Note on the mental hospitals in Burma - 1925-1940
Year: 1925
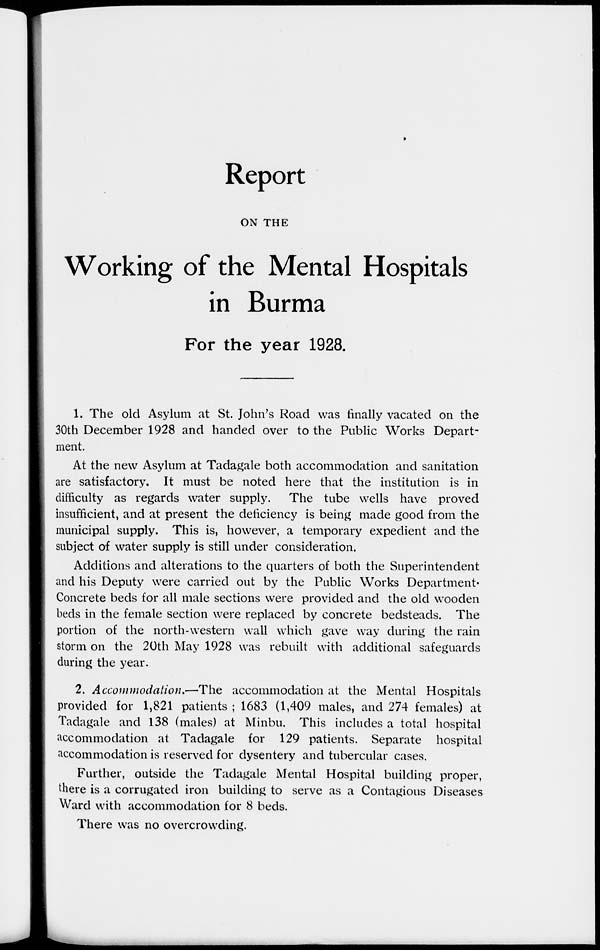
Report
ON THE
Working of the Mental Hospitals
in Burma
For the year 1928.
1. The old Asylum at St. John's Road was finally vacated on the
30th December 1928 and handed over to the Public Works Depart-
ment.
At the new Asylum at Tadagale both accommodation and sanitation
are satisfactory. It must be noted here that the institution is in
difficulty as regards water supply. The tube wells have proved
insufficient, and at present the deficiency is being made good from the
municipal supply. This is, however, a temporary expedient and the
subject of water supply is still under consideration.
Additions and alterations to the quarters of both the Superintendent
and his Deputy were carried out by the Public Works Department.
Concrete beds for all male sections were provided and the old wooden
beds in the female section were replaced by concrete bedsteads. The
portion of the north-western wall which gave way during the rain
storm on the 20th May 1928 was rebuilt with additional safeguards
during the year.
2. Accommodation.—The accommodation at the Mental Hospitals
provided for 1,821 patients ; 1683 (1,409 males, and 274 females) at
Tadagale and 138 (males) at Minbu. This includes a total hospital
accommodation at Tadagale for 129 patients. Separate hospital
accommodation is reserved for dysentery and tubercular cases.
Further, outside the Tadagale Mental Hospital building proper,
there is a corrugated iron building to serve as a Contagious Diseases
Ward with accommodation for 8 beds.
There was no overcrowding.